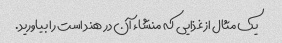
یک مثال از غذایی که منشاء آن در هند است را بیاورید.